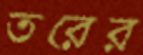
তরের